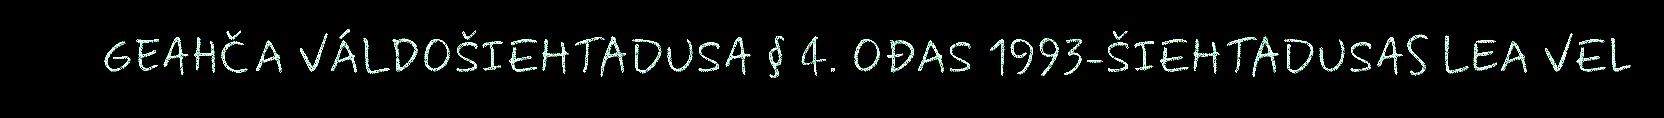
GEAHČA VÁLDOŠIEHTADUSA § 4. OĐAS 1993-ŠIEHTADUSAS LEA VEL